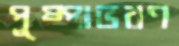
পুষ্পাভরণ